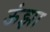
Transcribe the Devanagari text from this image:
ऊंझा